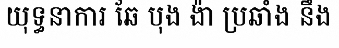
យុទ្ធនាការ ឆែ បុង ង៉ា ប្រឆាំង នឹង